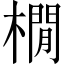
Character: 橌